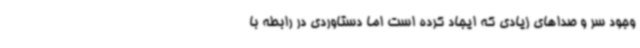
وجود سر و صداهای زیادی که ایجاد کرده است اما دستاوردی در رابطه با